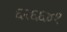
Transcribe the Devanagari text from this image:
६२६६४१